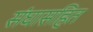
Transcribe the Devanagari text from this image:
संघासहित